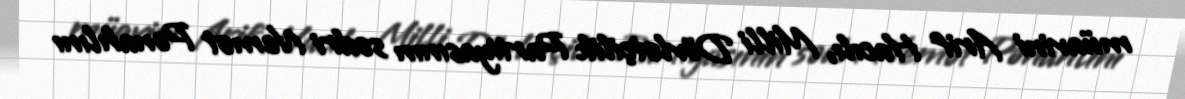
müavini Arif Hacılı, Milli Dövlətçilik Partiyasının sədri Nemət Pənahlını